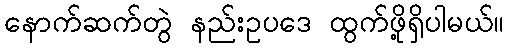
နောက်ဆက်တွဲ နည်းဥပဒေ ထွက်ဖို့ရှိပါမယ်။